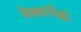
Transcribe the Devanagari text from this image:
प्रेक्षकांपैकी